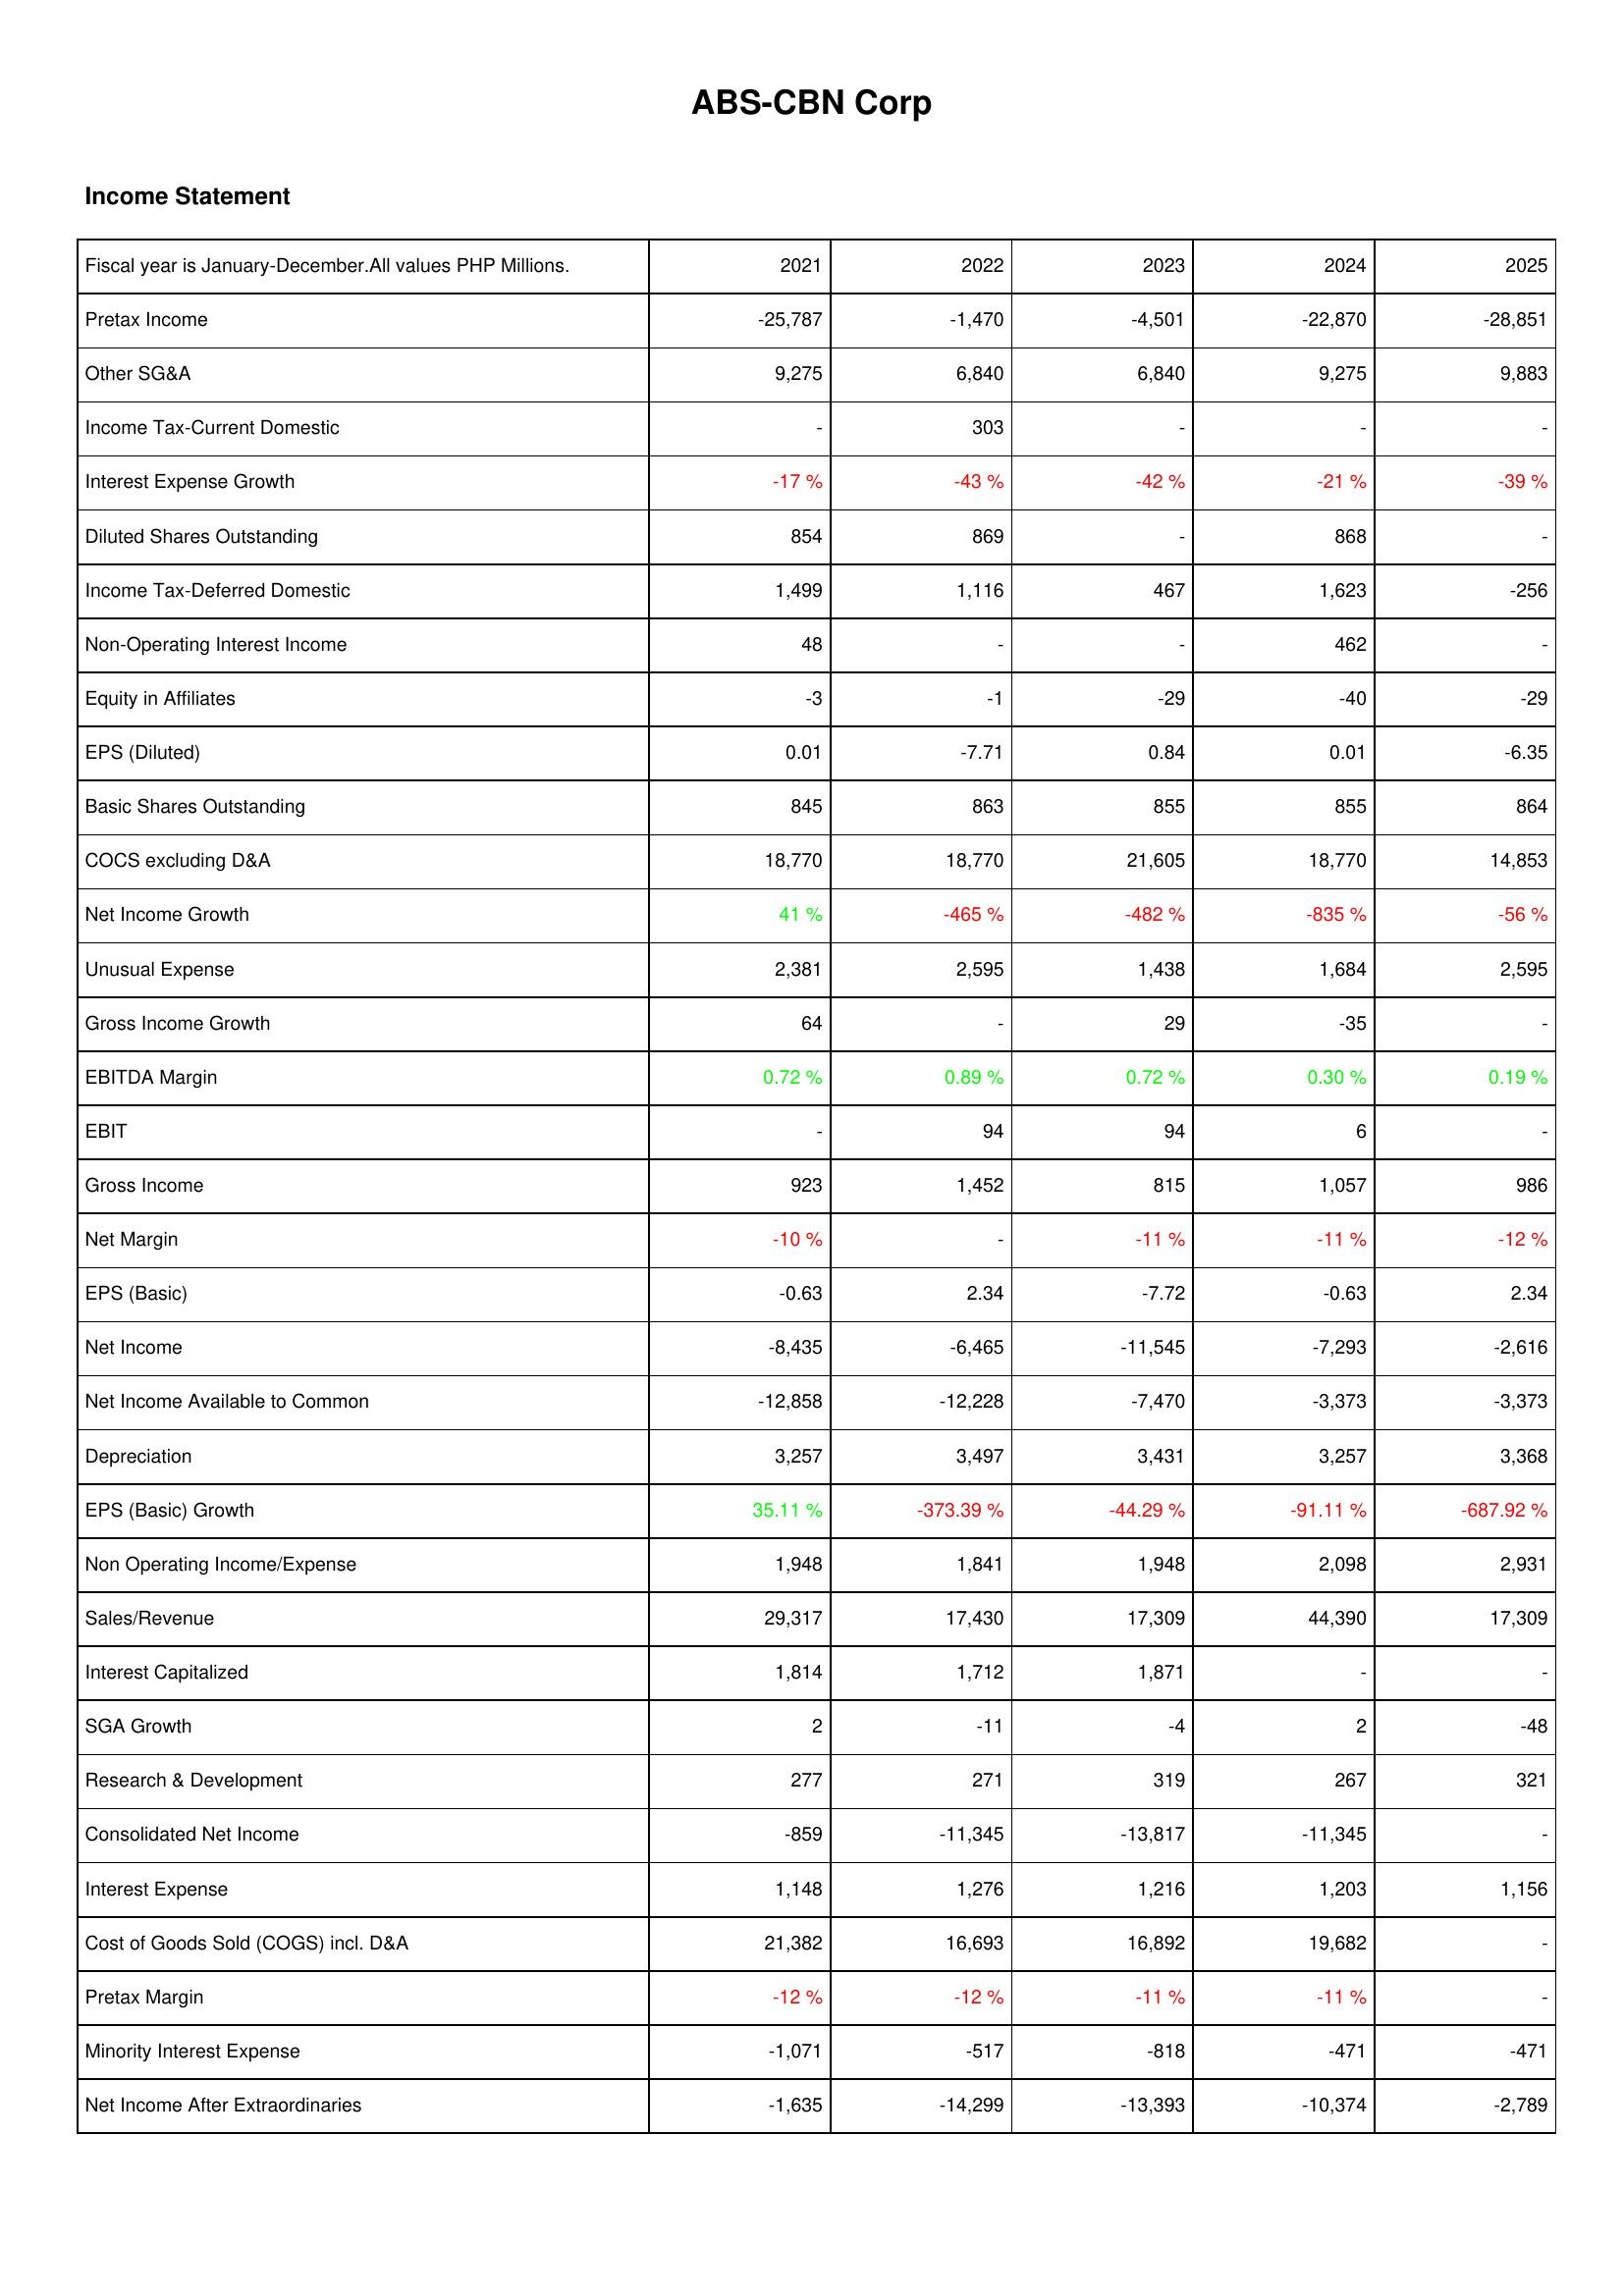
2021: Income Statement: Pretax Income: -25,787
Other SG&A: 9,275
Income Tax-Current Domestic: -
Interest Expense Growth: -17 %
Diluted Shares Outstanding: 854
Income Tax-Deferred Domestic: 1,499
Non-Operating Interest Income: 48
Equity in Affiliates: -3
EPS (Diluted): 0.01
Basic Shares Outstanding: 845
COCS excluding D&A: 18,770
Net Income Growth: 41 %
Unusual Expense: 2,381
Gross Income Growth: 64
EBITDA Margin: 0.72 %
EBIT: -
Gross Income: 923
Net Margin: -10 %
EPS (Basic): -0.63
Net Income: -8,435
Net Income Available to Common: -12,858
Depreciation: 3,257
EPS (Basic) Growth: 35.11 %
Non Operating Income/Expense: 1,948
Sales/Revenue: 29,317
Interest Capitalized: 1,814
SGA Growth: 2
Research & Development: 277
Consolidated Net Income: -859
Interest Expense: 1,148
Cost of Goods Sold (COGS) incl. D&A: 21,382
Pretax Margin: -12 %
Minority Interest Expense: -1,071
Net Income After Extraordinaries: -1,635
2022: Income Statement: Pretax Income: -1,470
Other SG&A: 6,840
Income Tax-Current Domestic: 303
Interest Expense Growth: -43 %
Diluted Shares Outstanding: 869
Income Tax-Deferred Domestic: 1,116
Non-Operating Interest Income: -
Equity in Affiliates: -1
EPS (Diluted): -7.71
Basic Shares Outstanding: 863
COCS excluding D&A: 18,770
Net Income Growth: -465 %
Unusual Expense: 2,595
Gross Income Growth: -
EBITDA Margin: 0.89 %
EBIT: 94
Gross Income: 1,452
Net Margin: -
EPS (Basic): 2.34
Net Income: -6,465
Net Income Available to Common: -12,228
Depreciation: 3,497
EPS (Basic) Growth: -373.39 %
Non Operating Income/Expense: 1,841
Sales/Revenue: 17,430
Interest Capitalized: 1,712
SGA Growth: -11
Research & Development: 271
Consolidated Net Income: -11,345
Interest Expense: 1,276
Cost of Goods Sold (COGS) incl. D&A: 16,693
Pretax Margin: -12 %
Minority Interest Expense: -517
Net Income After Extraordinaries: -14,299
2023: Income Statement: Pretax Income: -4,501
Other SG&A: 6,840
Income Tax-Current Domestic: -
Interest Expense Growth: -42 %
Diluted Shares Outstanding: -
Income Tax-Deferred Domestic: 467
Non-Operating Interest Income: -
Equity in Affiliates: -29
EPS (Diluted): 0.84
Basic Shares Outstanding: 855
COCS excluding D&A: 21,605
Net Income Growth: -482 %
Unusual Expense: 1,438
Gross Income Growth: 29
EBITDA Margin: 0.72 %
EBIT: 94
Gross Income: 815
Net Margin: -11 %
EPS (Basic): -7.72
Net Income: -11,545
Net Income Available to Common: -7,470
Depreciation: 3,431
EPS (Basic) Growth: -44.29 %
Non Operating Income/Expense: 1,948
Sales/Revenue: 17,309
Interest Capitalized: 1,871
SGA Growth: -4
Research & Development: 319
Consolidated Net Income: -13,817
Interest Expense: 1,216
Cost of Goods Sold (COGS) incl. D&A: 16,892
Pretax Margin: -11 %
Minority Interest Expense: -818
Net Income After Extraordinaries: -13,393
2024: Income Statement: Pretax Income: -22,870
Other SG&A: 9,275
Income Tax-Current Domestic: -
Interest Expense Growth: -21 %
Diluted Shares Outstanding: 868
Income Tax-Deferred Domestic: 1,623
Non-Operating Interest Income: 462
Equity in Affiliates: -40
EPS (Diluted): 0.01
Basic Shares Outstanding: 855
COCS excluding D&A: 18,770
Net Income Growth: -835 %
Unusual Expense: 1,684
Gross Income Growth: -35
EBITDA Margin: 0.30 %
EBIT: 6
Gross Income: 1,057
Net Margin: -11 %
EPS (Basic): -0.63
Net Income: -7,293
Net Income Available to Common: -3,373
Depreciation: 3,257
EPS (Basic) Growth: -91.11 %
Non Operating Income/Expense: 2,098
Sales/Revenue: 44,390
Interest Capitalized: -
SGA Growth: 2
Research & Development: 267
Consolidated Net Income: -11,345
Interest Expense: 1,203
Cost of Goods Sold (COGS) incl. D&A: 19,682
Pretax Margin: -11 %
Minority Interest Expense: -471
Net Income After Extraordinaries: -10,374
2025: Income Statement: Pretax Income: -28,851
Other SG&A: 9,883
Income Tax-Current Domestic: -
Interest Expense Growth: -39 %
Diluted Shares Outstanding: -
Income Tax-Deferred Domestic: -256
Non-Operating Interest Income: -
Equity in Affiliates: -29
EPS (Diluted): -6.35
Basic Shares Outstanding: 864
COCS excluding D&A: 14,853
Net Income Growth: -56 %
Unusual Expense: 2,595
Gross Income Growth: -
EBITDA Margin: 0.19 %
EBIT: -
Gross Income: 986
Net Margin: -12 %
EPS (Basic): 2.34
Net Income: -2,616
Net Income Available to Common: -3,373
Depreciation: 3,368
EPS (Basic) Growth: -687.92 %
Non Operating Income/Expense: 2,931
Sales/Revenue: 17,309
Interest Capitalized: -
SGA Growth: -48
Research & Development: 321
Consolidated Net Income: -
Interest Expense: 1,156
Cost of Goods Sold (COGS) incl. D&A: -
Pretax Margin: -
Minority Interest Expense: -471
Net Income After Extraordinaries: -2,789